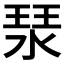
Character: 𤦗